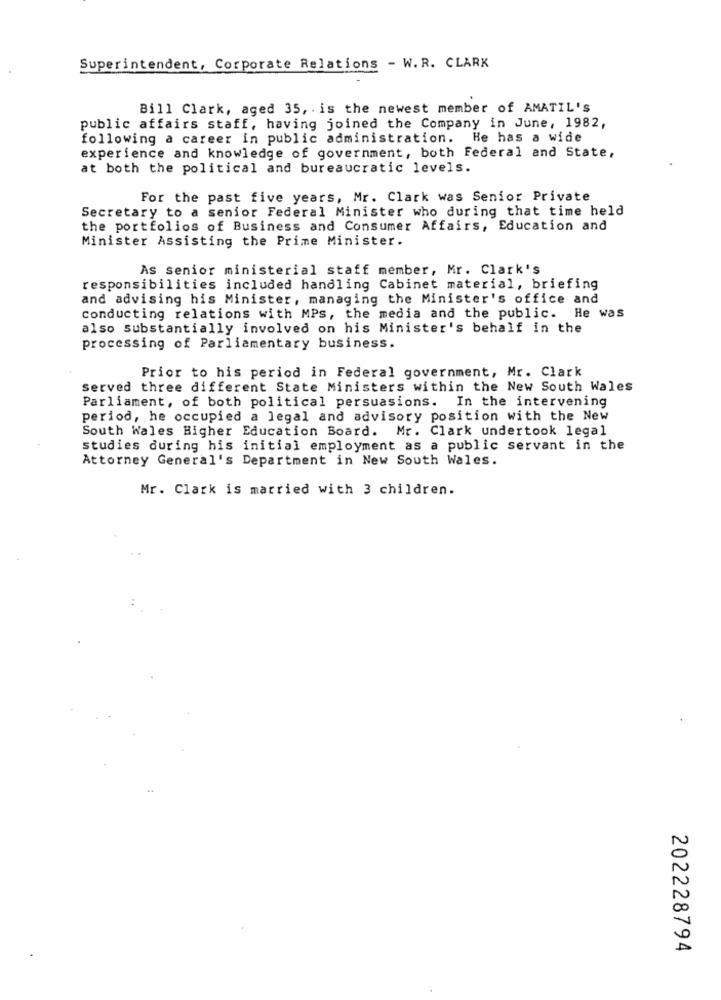
Superintendent, Corporate Relations - W.R. CLARK
Bill Clark, aged 35, . is the newest member of AMATIL'S
public affairs staff, having joined the Company in June, 1982,
following a career in public administration. He has a wide
experience and knowledge of government, both Federal and State,
at both the political and bureaucratic levels.
For the past five years, Mr. Clark was Senior Private
Secretary to a senior Federal Minister who during that time held
the portfolios of Business and Consumer Affairs, Education and
Minister Assisting the Prime Minister.
As senior ministerial staff member, Mr. Clark's
responsibilities included handling Cabinet material, briefing
and advising his Minister, managing the Minister's office and
conducting relations with MPS, the media and the public. He was
also substantially involved on his Minister's behalf in the
processing of Parliamentary business.
Prior to his period in Federal government, Mr. Clark
served three different State Ministers within the New South Wales
Parliament, of both political persuasions. In the intervening
period, he occupied a legal and advisory position with the New
South Wales Higher Education Board. Mr. Clark undertook legal
studies during his initial employment as a public servant in the
Attorney General's Department in New South Wales.
Mr. Clark is married with 3 children.
202228794